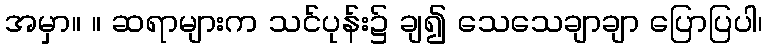
အမှာ။ ။ ဆရာများက သင်ပုန်း၌ ချ၍ သေသေချာချာ ပြောပြပါ၊